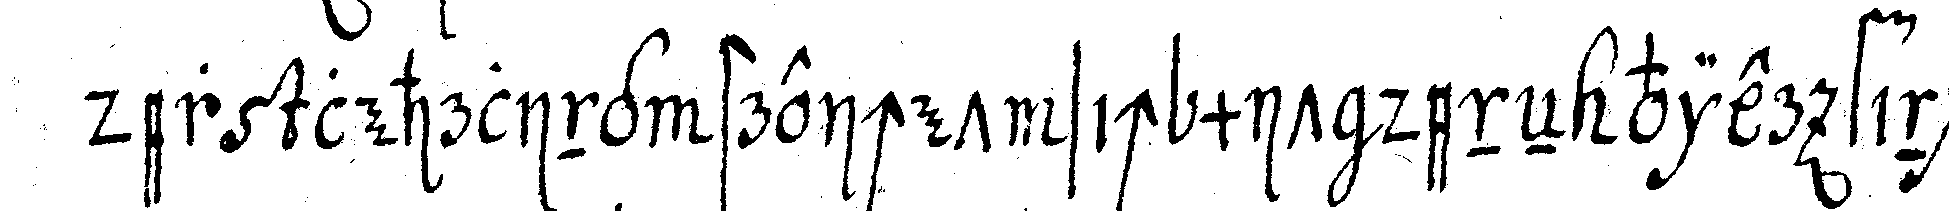
der lehrling streichet sich mit deneN vier finge